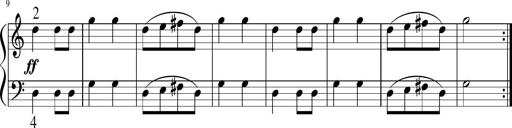
Title: 6 Instructive Sonatinas
Composer: Jacob Schmitt